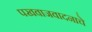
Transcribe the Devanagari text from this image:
पखवाजवादनाचे